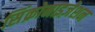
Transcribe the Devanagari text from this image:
सिंक्रोनाइज़ेशन